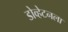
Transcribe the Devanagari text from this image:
डोव्हेटनला